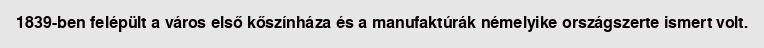
1839-ben felépült a város első kőszínháza és a manufaktúrák némelyike országszerte ismert volt.